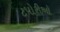
ટપોરીઓ